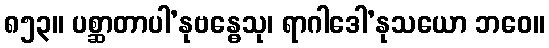
၈၅၃။ ပစ္ဆာတာပါ’နုဗန္ဓေသု၊ ရာဂါဒေါ’နုသယော ဘဝေ။